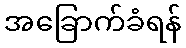
အခြောက်ခံရန်